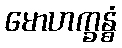
မောဟက္ခန္ဓံ